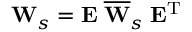
{ \mathbf W } _ { s } = { \mathbf E } \; \overline { { { \mathbf W } } } _ { s } \; { \mathbf E } ^ { { \mathrm T } }